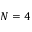
N = 4